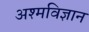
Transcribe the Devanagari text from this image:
अश्मविज्ञान